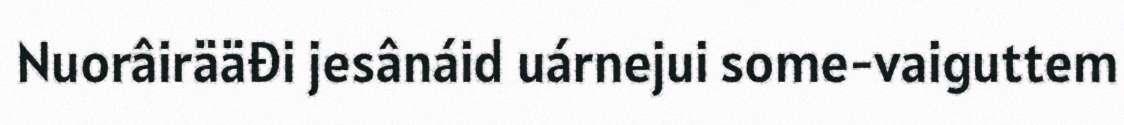
Nuorâirääđi jesânáid uárnejui some-vaiguttem